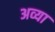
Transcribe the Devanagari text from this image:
अव्या